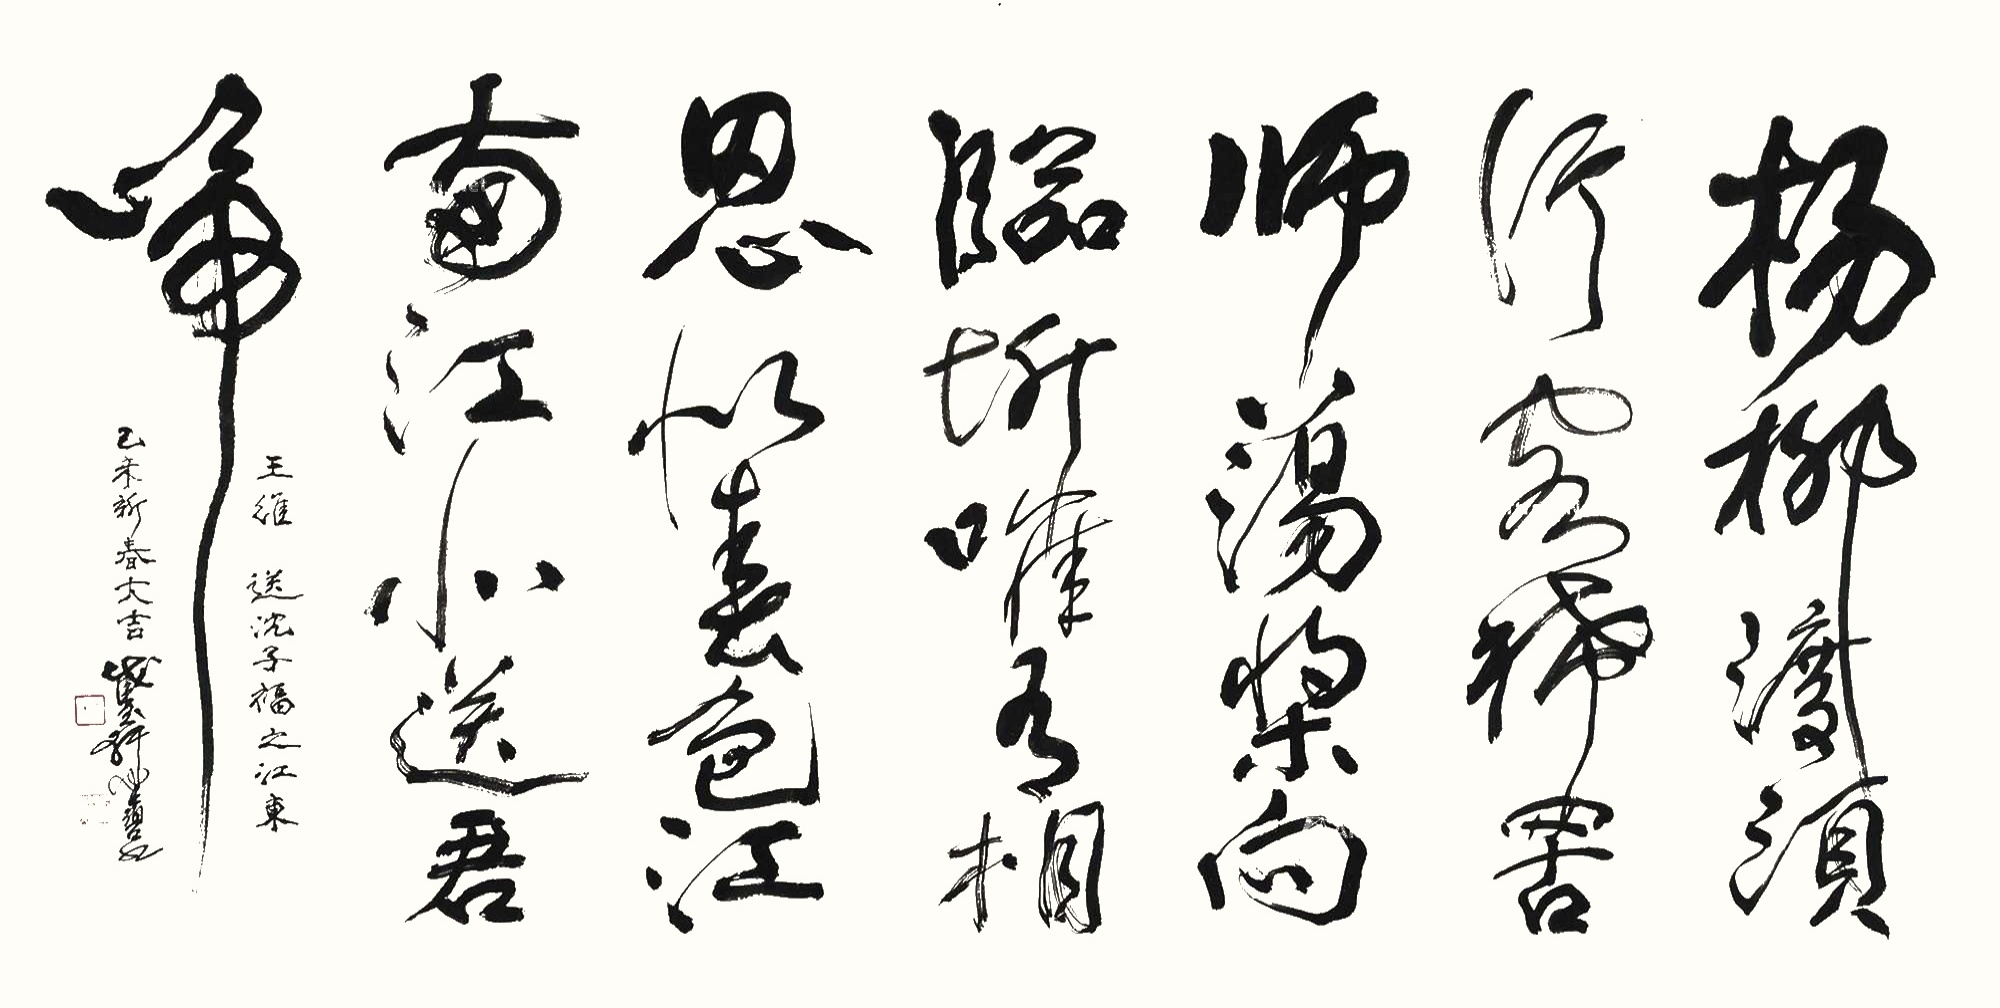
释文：杨柳渡头行客稀，罟师荡桨向临圻。唯有相思似春色，江南江北送君归。王维送沈子福之江东，己未新春大吉，截玉轩健碧书。